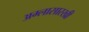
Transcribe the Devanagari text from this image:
अम्लासारखी